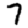
Digit: 7